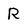
Character: R